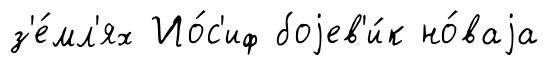
з'е́мл'ях Ио́с'иф боjев'и́к но́ваjа